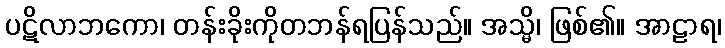
ပဋိလာဘကော၊ တန်းခိုးကိုတဘန်ရပြန်သည်။ အသ္မိ၊ ဖြစ်၏။ အာဠာရ၊